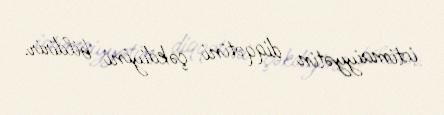
ictimaiyyətin diqqətini çəkdiyini bildirir.